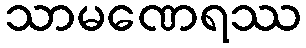
သာမဏေရဿ